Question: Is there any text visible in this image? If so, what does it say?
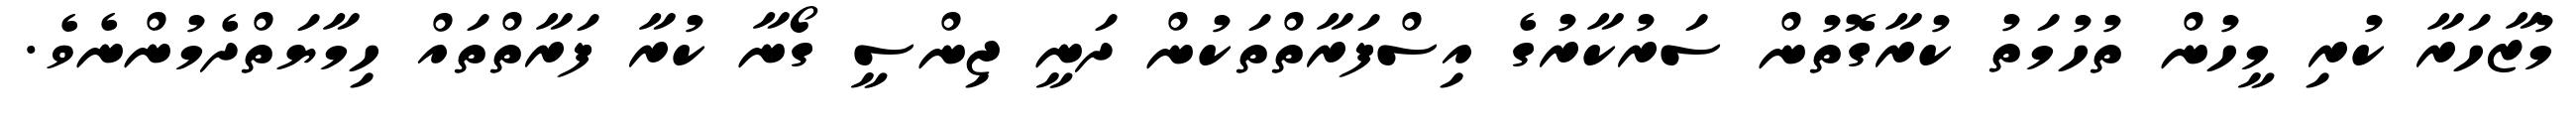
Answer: މުޒާހަރާ ކުރި މީހުން ތުހުމަތު ކުރާގޮތުން ސަރުކާރުގެ އިސްފަރާތްތަކުން ދަނީ ޖިންސީ ގޯނާ ކުރާ ފަރާތްތައް ހިމާޔަތްދެމުންނެވެ.